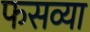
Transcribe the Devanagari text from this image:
फसव्या